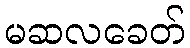
မဆလခေတ်